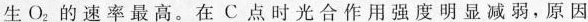
生O_{2}的速率最高。在C点时光合作用强度明显减弱，原因